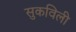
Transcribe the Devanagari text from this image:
सुकविली